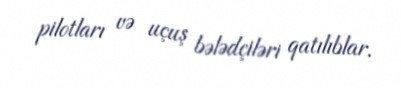
pilotları və uçuş bələdçiləri qatılıblar.